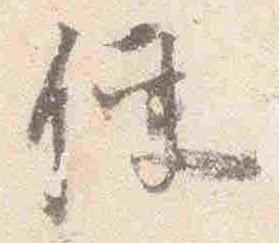
便